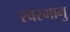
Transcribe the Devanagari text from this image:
स्वरभानु